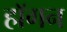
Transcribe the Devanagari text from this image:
हाॅगन